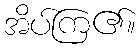
အိပ်ကြ၏။